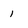
Character: 1